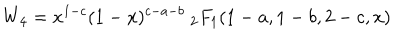
LaTeX: W _ { 4 } = x ^ { 1 - c } ( 1 - x ) ^ { c - a - b } \ _ { 2 } F _ { 1 } ( 1 - a , 1 - b , 2 - c , x )